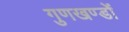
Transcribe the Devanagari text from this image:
गुणखण्डों